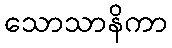
သောသာနိကာ